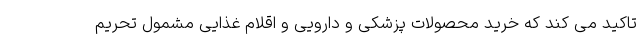
تاکید می کند که خرید محصولات پزشکی و دارویی و اقلام غذایی مشمول تحریم